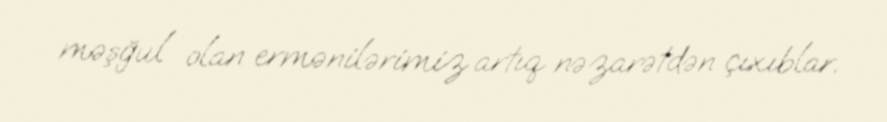
məşğul olan ermənilərimiz artıq nəzarətdən çıxıblar.